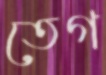
তেগ